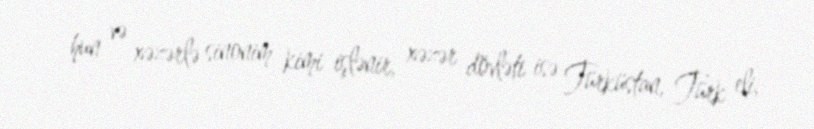
hun və xəzərlə sinonim kimi işlənir, xəzər dövləti isə Türküstan, Türk eli,